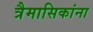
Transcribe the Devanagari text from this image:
त्रैमासिकांना